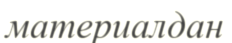
материалдан